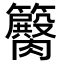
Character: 𥷽